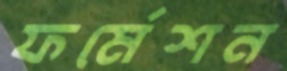
ফর্মেশন